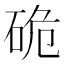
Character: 硊